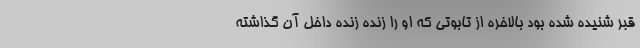
قبر شنیده شده بود بالاخره از تابوتی که او را زنده زنده داخل آن گذاشته